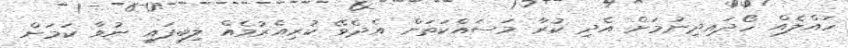
ހައްލެއް ހޯދައިދިނުމަށް އެދި ކުރާ މަސައްކަތަށް އެދެވޭ ކުރިއެރުމެއް ލިބިފައި ނުވާ ކަމަށް